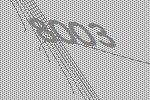
8003